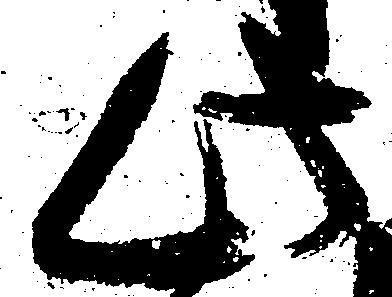
此